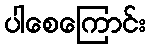
ပါစေကြောင်း